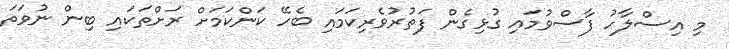
މި އިސްލާހު ފާސްވުމައި ގުޅިގެން ފަތުރުވެރިކަމައި ބެހޭ ކަންކަމަށް ރަށްތަކައި ބިން ނުވަތަ